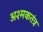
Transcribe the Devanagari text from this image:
अश्मकतंत्र